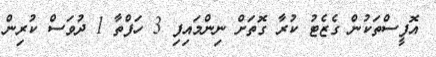
އޮފީސްތަކުން ގެޒެޓު ކުރާ ގޮތަށް ނިންމައިފި 3 ހަފްތާ 1 ދުވަސް ކުރިން